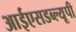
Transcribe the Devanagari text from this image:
आईएसडब्ल्यूपी